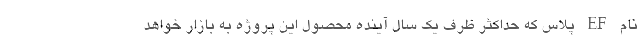
نام EF پلاس که حداکثر ظرف یک سال آینده محصول این پروژه به بازار خواهد